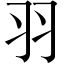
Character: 羽